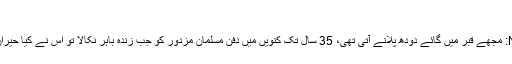
خوفناک انکشاف
Next Next post: مجھے قبر میں گائے دودھ پلانے آتی تھی، 35 سال تک کنویں میں دفن مسلمان مزدور کو جب زندہ باہر نکالا تو اس نے کیا حیران کن انکشاف کیے؟